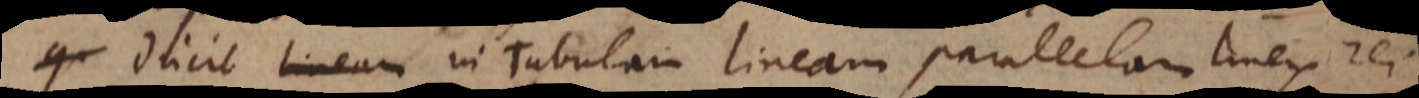
Ducit lineam in Tabulam lineam parallelam lineis rei